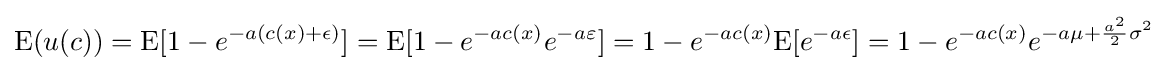
{\text{E}}(u(c))={\text{E}}[1-e^{-a(c(x)+\epsilon )}]={\text{E}}[1-e^{-ac(x)}e^{-a\varepsilon }]=1-e^{-ac(x)}{\text{E}}[e^{-a\epsilon }]=1-e^{-ac(x)}e^{-a\mu +{\frac {a^{2}}{2}}\sigma ^{2}}